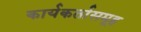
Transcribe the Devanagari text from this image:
कार्यकर्तासमूह